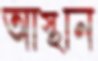
আস্থান